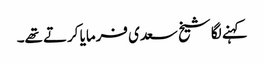
کہنے لگا شیخ سعدی فرمایا کرتے تھے۔